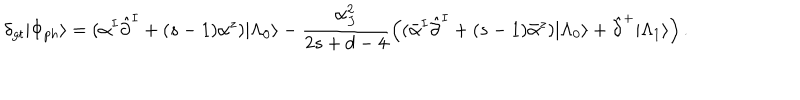
LaTeX: \delta _ { g t } | \Phi _ { p h } \rangle = ( \alpha ^ { I } \hat { \partial } ^ { I } + ( s - 1 ) \alpha ^ { z } ) | \Lambda _ { 0 } \rangle - \frac { \alpha _ { J } ^ { 2 } } { 2 s + d - 4 } \Bigl ( ( \bar { \alpha } ^ { I } \hat { \partial } ^ { I } + ( s - 1 ) \bar { \alpha } ^ { z } ) | \Lambda _ { 0 } \rangle + \hat { \partial } ^ { + } | \Lambda _ { 1 } \rangle \Bigr ) \, .